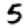
Digit: 5